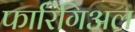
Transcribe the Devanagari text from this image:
फारिंगिअल